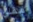
مقلي